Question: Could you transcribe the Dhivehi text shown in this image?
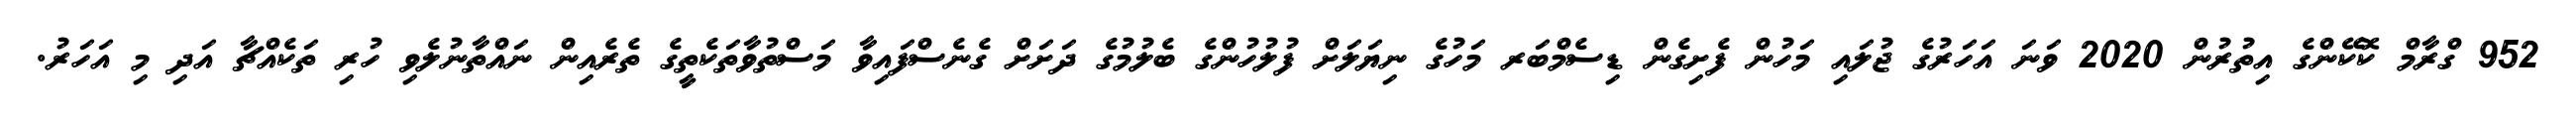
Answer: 952 ގްރާމް ކޮކޭންގެ އިތުރުން 2020 ވަނަ އަހަރުގެ ޖުލައި މަހުން ފެށިގެން ޑިސެމްބަރ މަހުގެ ނިޔަލަށް ފުލުހުންގެ ބެލުމުގެ ދަށަށް ގެނެސްފައިވާ މަސްތުވާތަކެތީގެ ތެރެއިން ނައްތާނުލެވި ހުރި ތަކެއްޗާ އަދި މި އަހަރު.